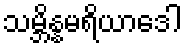
သမ္ဘိန္နမရိယာဒေါ